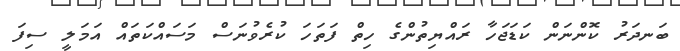
ބަނދަރު ކޮންނަން ކަޑަޖަހާ ރައްޔިތުންގެ ހިތް ފަތަހަ ކުރެވުނަސް މަސައްކަތައް އަމަލީ ސިފަ